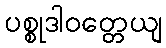
ပစ္စုဒါဝတ္တေယျ